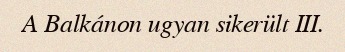
A Balkánon ugyan sikerült III.